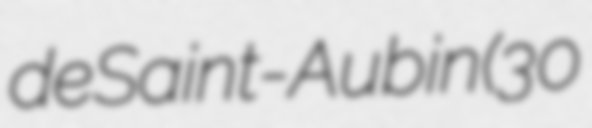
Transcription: de Saint-Aubin (30